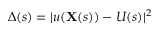
\Delta ( s ) = | u ( \mathbf { X } ( s ) ) - U ( s ) | ^ { 2 }